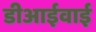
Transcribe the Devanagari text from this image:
डीआईवाई